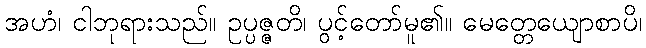
အဟံ၊ ငါဘုရားသည်။ ဥပ္ပဇ္ဇတိ၊ ပွင့်တော်မူ၏။ မေတ္တေယျောစာပိ၊